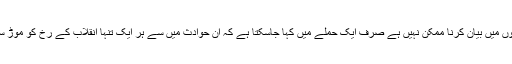
ان حادثات کا دائرہ اتنا وسیع ہے کہ جس کو چند سطروں میں بیان کرنا ممکن نہیں ہے صرف ایک حملے میں کہا جاسکتا ہے کہ ان حوادث میں سے ہر ایک تنہا انقلاب کے رخ کو موڑ سکتا تها اور انقلاب کو شکست سے دوچار کرسکتا تها۔